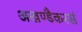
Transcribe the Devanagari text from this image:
अखण्डैकरसं